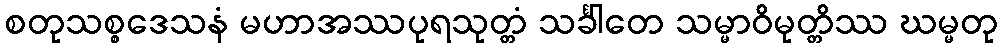
စတုသစ္စဒေသနံ မဟာအဿပုရသုတ္တံ သင်္ခါတေ သမ္မာဝိမုတ္တိဿ ဃမ္မတု